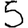
Digit: 5